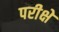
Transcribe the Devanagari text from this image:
परीक्षे